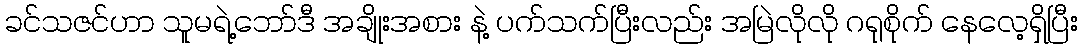
ခင်သဇင်ဟာ သူမရဲ့ဘော်ဒီ အချိုးအစား နဲ့ ပက်သက်ပြီးလည်း အမြဲလိုလို ဂရုစိုက် နေလေ့ရှိပြီး